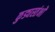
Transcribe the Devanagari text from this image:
कुड्यस्तंभों